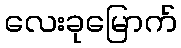
လေးခုမြောက်